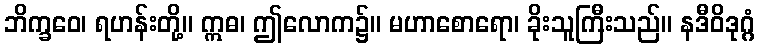
ဘိက္ခဝေ၊ ရဟန်းတို့။ ဣဓ၊ ဤလောက၌။ မဟာစောရော၊ ခိုးသူကြီးသည်။ နဒီဝိဒုဂ္ဂံ